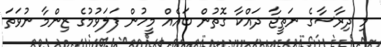
މި ދިރާސާގެ ނަތީޖާ ދައްކާ ގޮތުން ބައެއް މީހުން ފަލަވުމުގެ ޒިންމާ ނުވަތަ